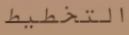
التخطيط